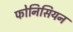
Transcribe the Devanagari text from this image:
फोनिसियन